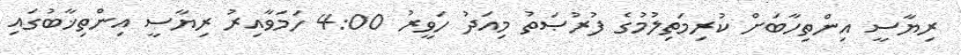
ރިޔާސީ އިންތިހާބަށް ކުރިމަތިލުމުގެ ފުރުޞަތު މިއަދު ހަވީރު 4:00 ހަމަވާއިރު ރިޔާސީ އިންތިޚާބުގައި